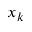
x _ { k }